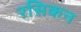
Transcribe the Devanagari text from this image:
रसिकन